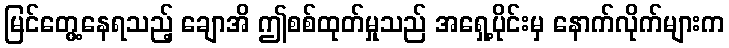
မြင်တွေ့နေရသည့် ချောအိ ဤစစ်ထုတ်မှုသည် အရှေ့ပိုင်းမှ နောက်လိုက်များက